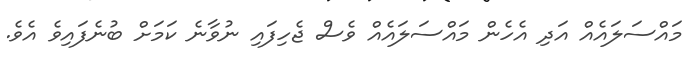
މައްސަލައެއް އަދި އެހެން މައްސަލައެއް ވެސް ޖެހިފައި ނުވާނެ ކަމަށް ބުނެފައިވެ އެވެ.